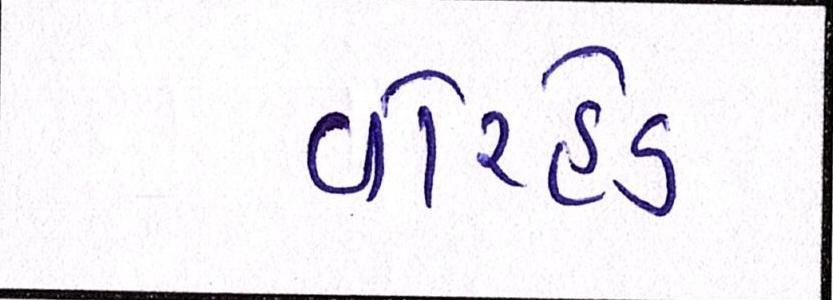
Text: વોરહેડ